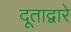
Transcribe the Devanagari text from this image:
दूताद्वारे